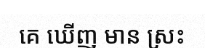
គេ ឃើញ មាន ស្រះ